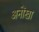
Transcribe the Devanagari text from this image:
अनोंखा